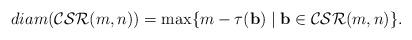
LaTeX: \begin{align*} diam({\rm \mathcal{CSR}}(m,n))=\max\{m-\tau(\mathbf{b})\mid \mathbf{b} \in {\rm \mathcal{CSR}}(m,n)\}.\end{align*}